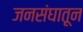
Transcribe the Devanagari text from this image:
जनसंघातून